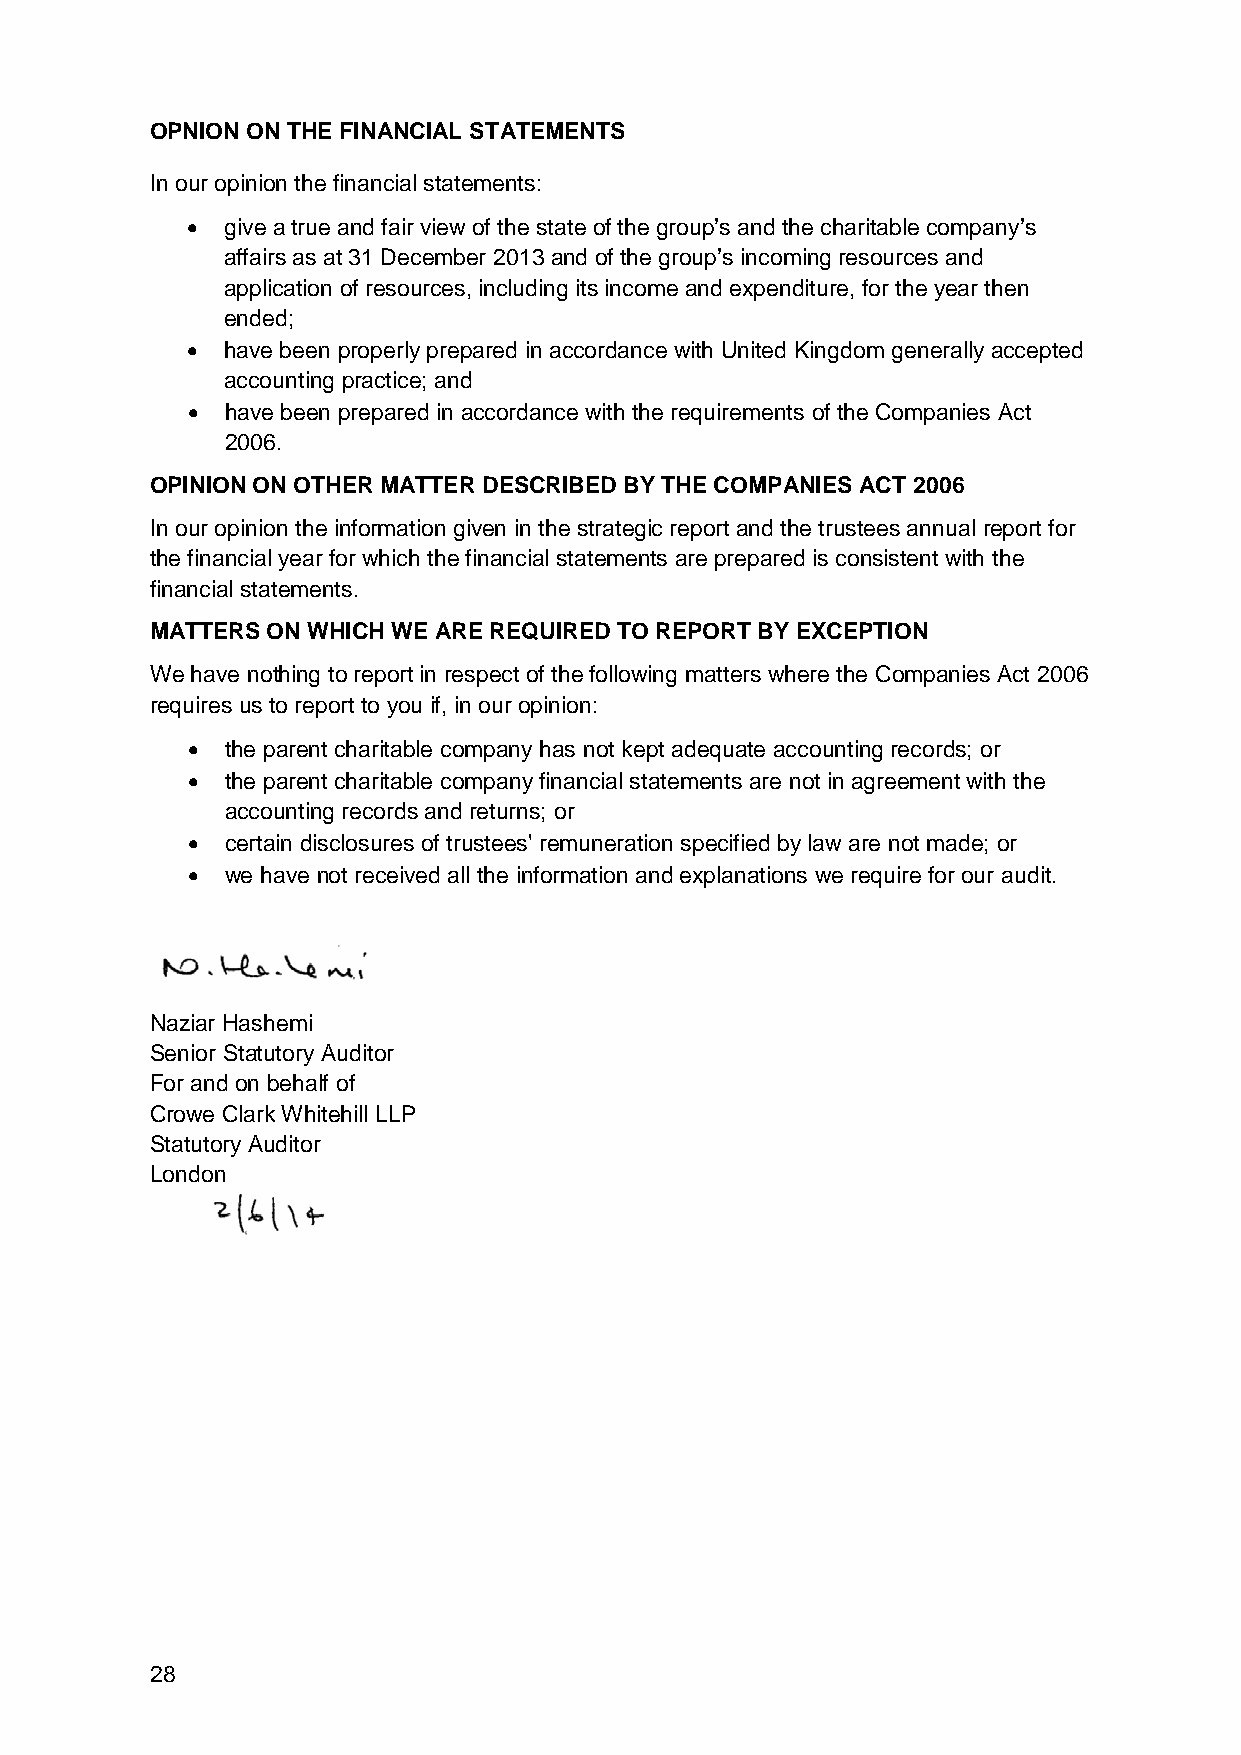
OPNION ON THE FINANCIAL STATEMENTS
 In our opinion the financial statements:
 •  give a true and fair view of the state of the group’s and the charitable company’s
 affairs as at 31 December 2013 and of the group’s incoming resources and
 application of resources, including its income and expenditure, for the year then
 ended;
 •  have been properly prepared in accordance with United Kingdom generally accepted
 accounting practice; and
 •  have been prepared in accordance with the requirements of the Companies Act
 2006.
 OPINION ON OTHER MATTER DESCRIBED BY THE COMPANIES ACT 2006
 In our opinion the information given in the strategic report and the trustees annual report for
 the financial year for which the financial statements are prepared is consistent with the
 financial statements.
 MATTERS ON WHICH WE ARE REQUIRED TO REPORT BY EXCEPTION
 We have nothing to report in respect of the following matters where the Companies Act 2006
 requires us to report to you if, in our opinion:
 •  the parent charitable company has not kept adequate accounting records; or
 •  the parent charitable company financial statements are not in agreement with the
 accounting records and returns; or
 •  certain disclosures of trustees' remuneration specified by law are not made; or
 •  we have not received all the information and explanations we require for our audit.
 Naziar Hashemi
 Senior Statutory Auditor
 For and on behalf of
 Crowe Clark Whitehill LLP
 Statutory Auditor
 London
 28